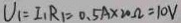
U _ { 1 } = I _ { 1 } R _ { 1 } = 0 . 5 A \times 2 0 \Omega = 1 0 V